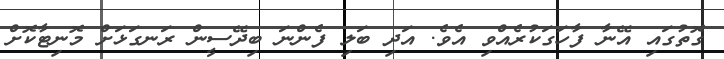
ގޮތުގައި އޭނާ ފާހަގަކުރެއްވި އެވެ. އަދި ބަލި ފެންނަ ބިދޭސީން ރަނގަޅަށް މޮނިޓާކޮށް